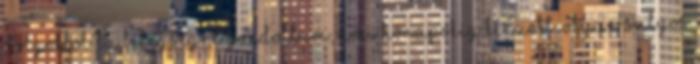
dolgoktól? A betegségre gondoltam, ami hónapokig kínzott. Olyan súlyos